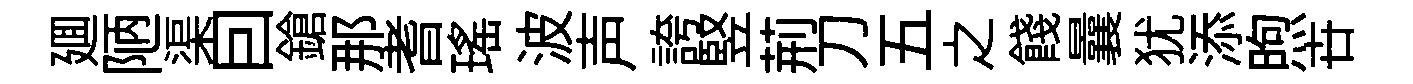
廽陋渠囙鎗那耆瑶波声誇竪荊刀五之餞曩犹添煦卋